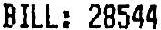
BILL: 28544